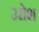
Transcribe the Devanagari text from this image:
उरोश